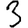
Digit: 3